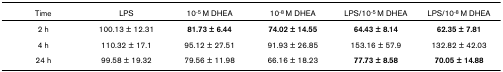
| Time | LPS | 10-5 M DHEA | 10-8 M DHEA | LPS/10-5 M DHEA | LPS/10-8 M DHEA |
 | --- | --- | --- | --- | --- | --- |
 | 2 h | 100.13 ± 12.31 | 81.73 ± 6.44 | 74.02 ± 14.55 | 64.43 ± 8.14 | 62.35 ± 7.81 |
 | 4 h | 110.32 ± 17.1 | 95.12 ± 27.51 | 91.93 ± 26.85 | 153.16 ± 57.9 | 132.82 ± 42.03 |
 | 24 h | 99.58 ± 19.32 | 79.56 ± 11.98 | 66.16 ± 18.23 | 77.73 ± 8.58 | 70.05 ± 14.88 |